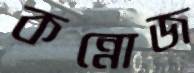
কন্নোজ